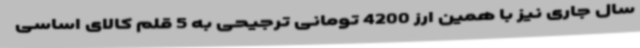
سال جاری نیز با همین ارز 4200 تومانی ترجیحی به 5 قلم کالای اساسی